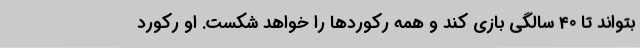
بتواند تا 40 سالگی بازی کند و همه رکوردها را خواهد شکست. او رکورد